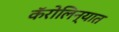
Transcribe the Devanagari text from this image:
कॅरोलिन्यात